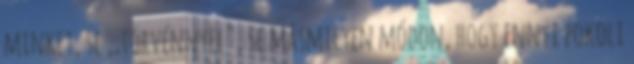
minket, se ,,törvénnyel", se másmilyen módon, hogy ennyi pokoli